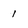
Character: 1